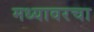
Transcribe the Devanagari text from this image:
मध्यावरचा